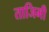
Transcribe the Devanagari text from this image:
ताजिमी